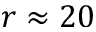
r \approx 2 0